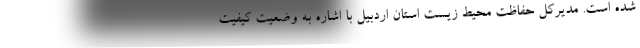
شده است. مدیرکل حفاظت محیط زیست استان اردبیل با اشاره به وضعیت کیفیت